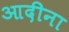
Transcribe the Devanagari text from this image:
आदीना